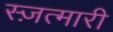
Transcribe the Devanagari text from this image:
स्ज़त्मारी